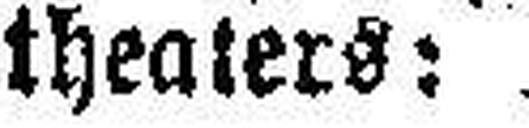
theaters: